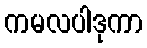
ကမလပါဒုကာ